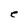
Character: e